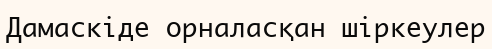
Дамаскіде орналасқан шіркеулер